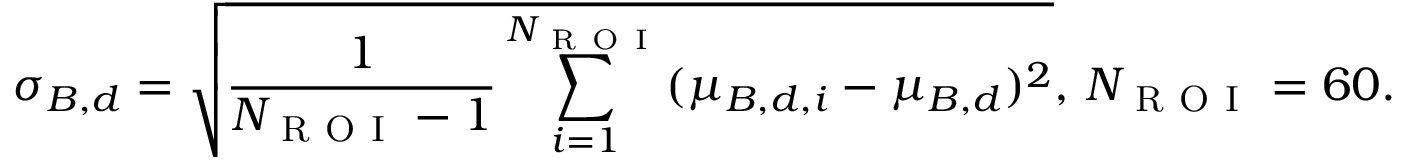
\sigma _ { B , d } = \sqrt { \frac { 1 } { N _ { \mathrm { ~ R ~ O ~ I ~ } } - 1 } \sum _ { i = 1 } ^ { N _ { \mathrm { ~ R ~ O ~ I ~ } } } ( \mu _ { B , d , i } - \mu _ { B , d } ) ^ { 2 } } , \, N _ { \mathrm { ~ R ~ O ~ I ~ } } = 6 0 .